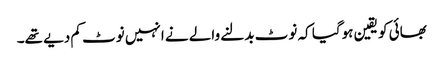
بھائی کو یقین ہوگیا کہ نوٹ بدلنے والے نے انہیں نوٹ کم دیے تھے۔